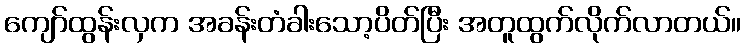
ကျော်ထွန်းလှက အခန်းတံခါးသော့ပိတ်ပြီး အတူထွက်လိုက်လာတယ်။